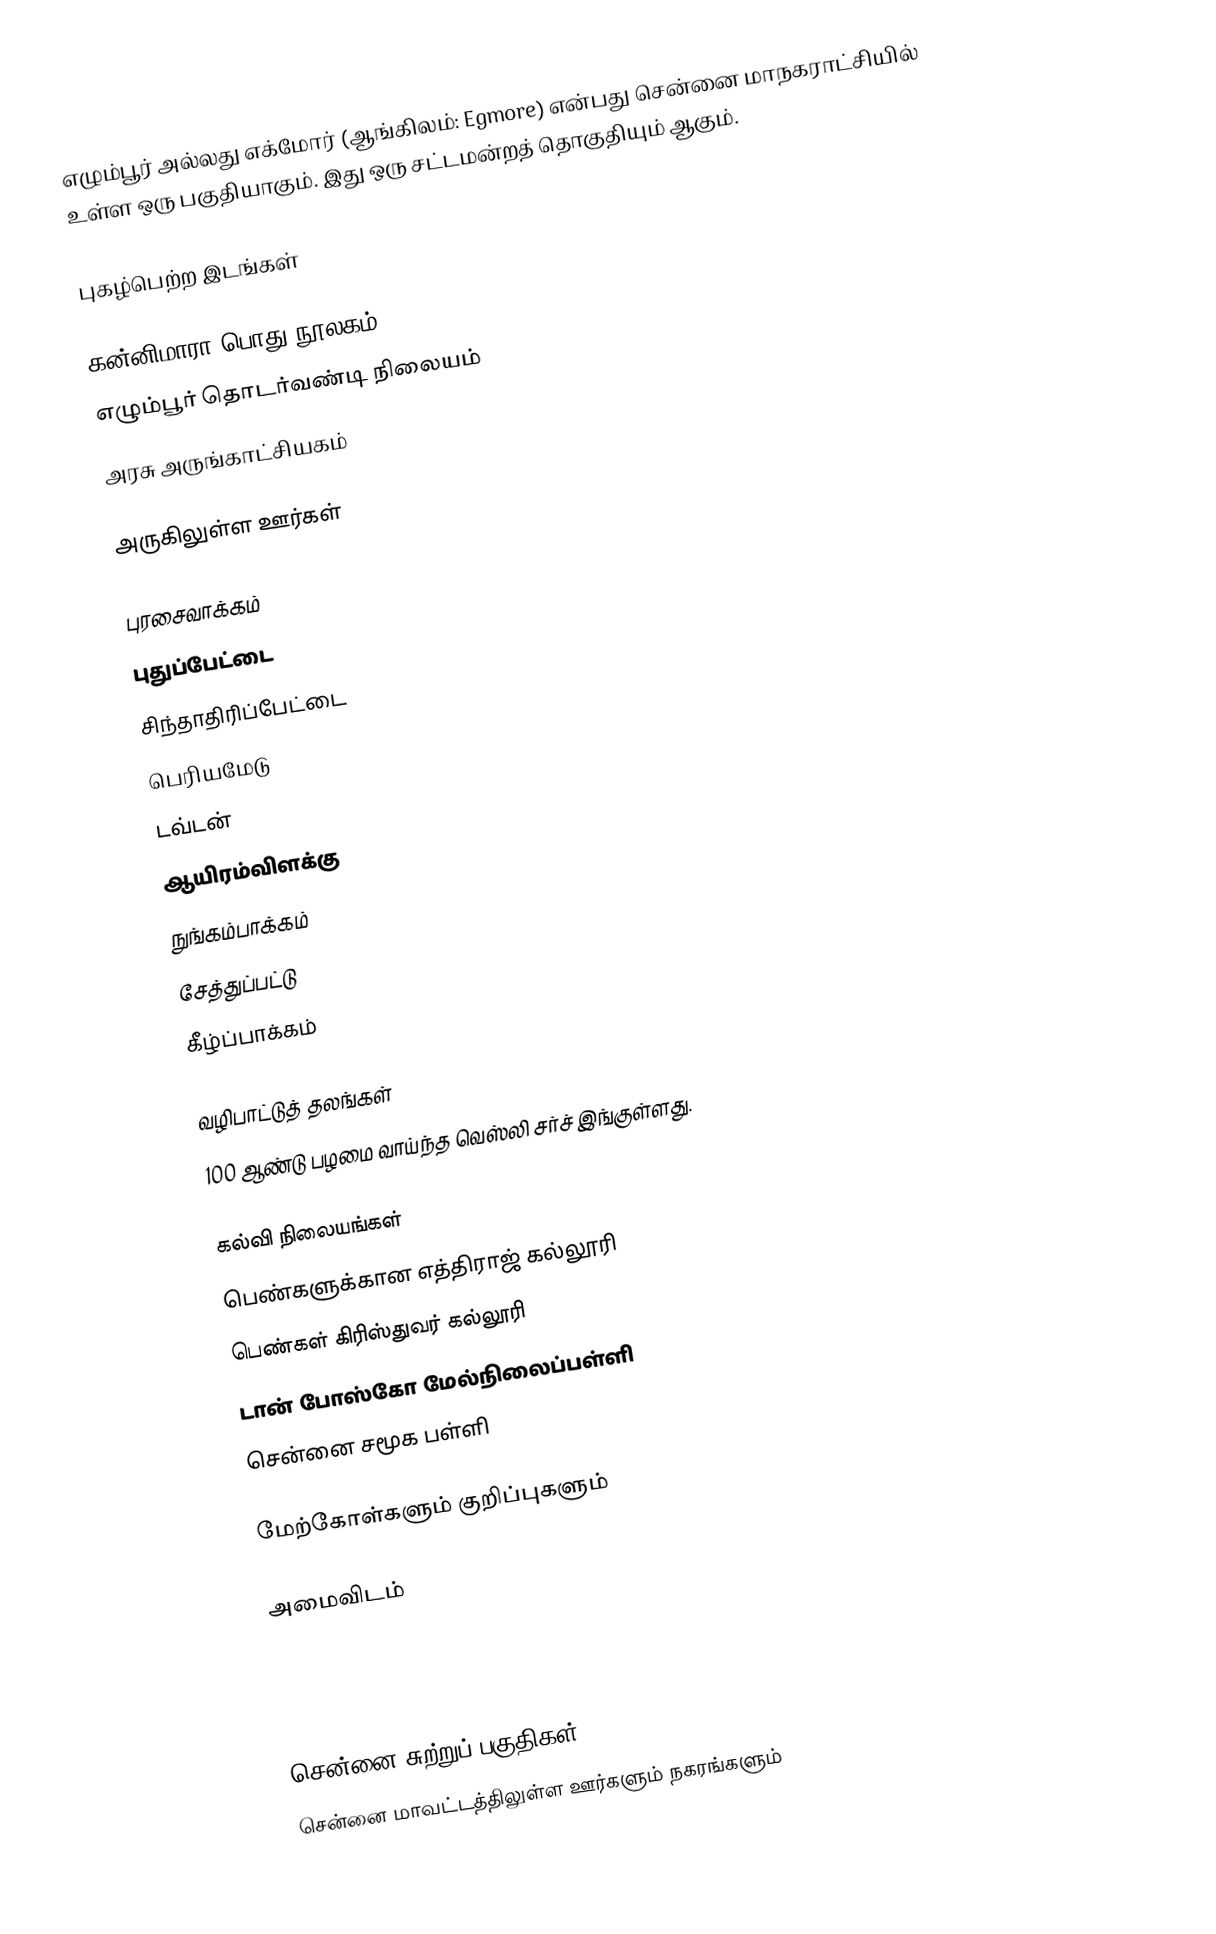
எழும்பூர் அல்லது எக்மோர் (ஆங்கிலம்: Egmore) என்பது சென்னை மாநகராட்சியில் உள்ள ஒரு பகுதியாகும். இது ஒரு சட்டமன்றத் தொகுதியும் ஆகும்.

புகழ்பெற்ற இடங்கள்

 கன்னிமாரா பொது நூலகம்
 எழும்பூர் தொடர்வண்டி நிலையம்
 அரசு அருங்காட்சியகம்

அருகிலுள்ள ஊர்கள்

 புரசைவாக்கம்
 புதுப்பேட்டை
 சிந்தாதிரிப்பேட்டை
 பெரியமேடு
 டவ்டன்
 ஆயிரம்விளக்கு
 நுங்கம்பாக்கம்
 சேத்துப்பட்டு
 கீழ்ப்பாக்கம்

வழிபாட்டுத் தலங்கள்
100 ஆண்டு பழமை வாய்ந்த வெஸ்லி சர்ச் இங்குள்ளது.

கல்வி நிலையங்கள்
 பெண்களுக்கான எத்திராஜ் கல்லூரி
 பெண்கள் கிரிஸ்துவர் கல்லூரி
 டான் போஸ்கோ மேல்நிலைப்பள்ளி
 சென்னை சமூக பள்ளி

மேற்கோள்களும் குறிப்புகளும்

அமைவிடம்



சென்னை சுற்றுப் பகுதிகள்
சென்னை மாவட்டத்திலுள்ள ஊர்களும் நகரங்களும்